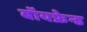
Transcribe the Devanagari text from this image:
बॉयफ्रेन्ड